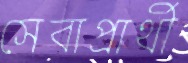
সেবাপ্রার্থী